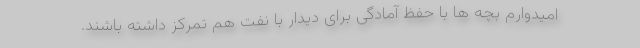
امیدوارم بچه ها با حفظ آمادگی برای دیدار با نفت هم تمرکز داشته باشند.